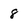
Character: 8